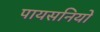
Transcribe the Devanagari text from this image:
पायसनियों